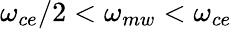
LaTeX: \omega_{ce}/2<\omega_{mw}<\omega_{ce}